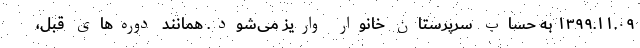
۱۳۹۹.۱۱.۰۹ به حساب سرپرستان خانوار واریز می‌شود. همانند دوره‌های قبل،